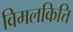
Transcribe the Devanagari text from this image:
विमलकित्ति